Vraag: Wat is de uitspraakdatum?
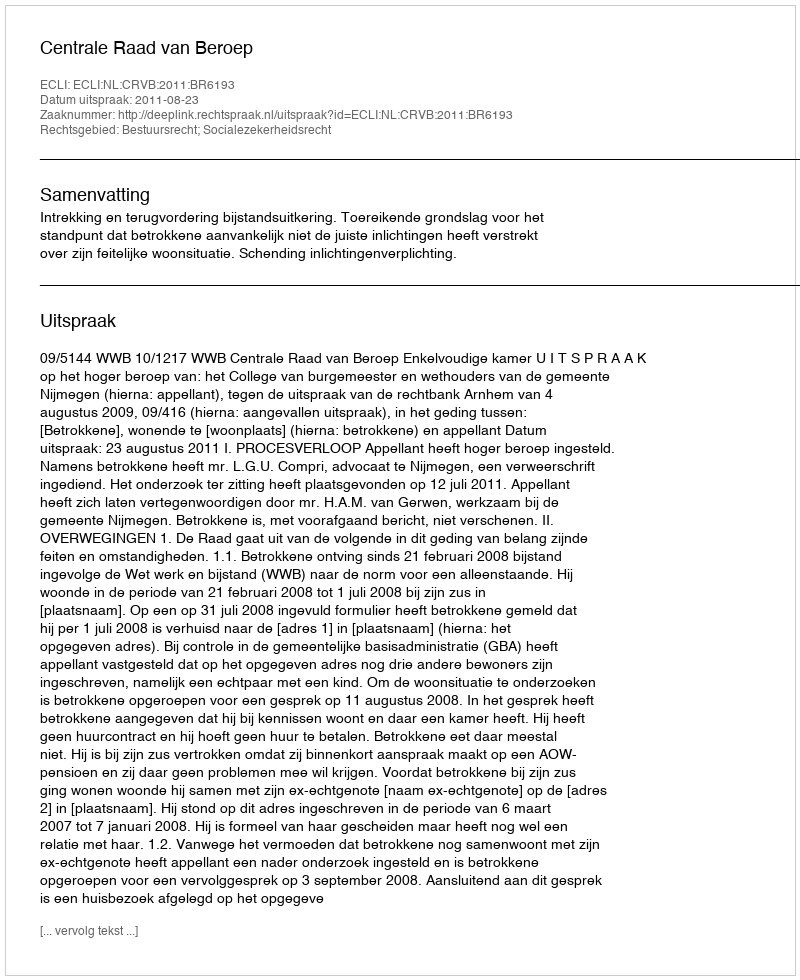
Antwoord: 2011-08-23